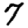
Digit: 7